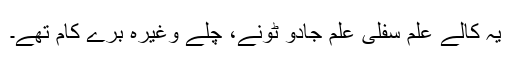
یہ کالے علم سفلی علم جادو ٹونے، چلے وغیرہ برے کام تھے۔